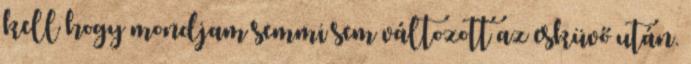
kell hogy mondjam semmi sem változott az esküvő után.